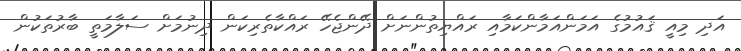
އަދި މިއީ ޤައުމުގެ އަމަންއަމާންކަމާއި ރައްޔިތުންނަށް ދޭންޖެހޭ ރައްކާތެރިކަން ދިނުމަށް ސަލާމަތީ ބާރުތަކުން